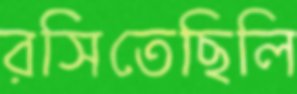
রসিতেছিলি